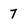
Character: 7